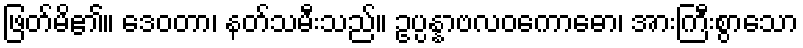
ဖြတ်မိ၏။ ဒေဝတာ၊ နတ်သမီးသည်။ ဥပ္ပန္နာဗလဝကောဓော၊ အားကြီးစွာသော